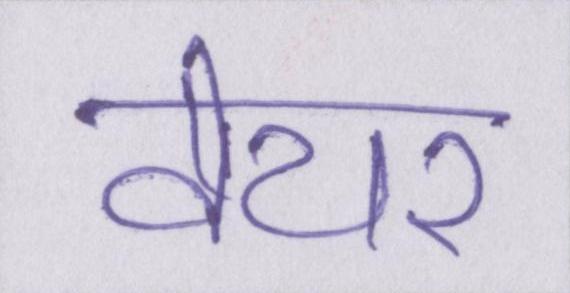
वेयर